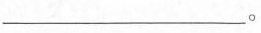
___。